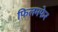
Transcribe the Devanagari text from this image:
फिलमफेर